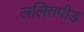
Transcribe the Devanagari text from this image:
ललितपीड